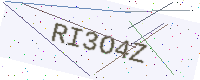
Text: RI3O4Z